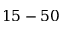
1 5 - 5 0